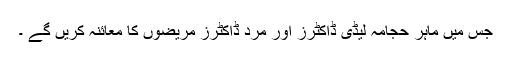
جس میں ماہر حجامہ لیڈی ڈاکٹرز اور مرد ڈاکٹرز مریضوں کا معائنہ کریں گے ۔